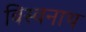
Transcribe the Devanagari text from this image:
बिस्वनाथ